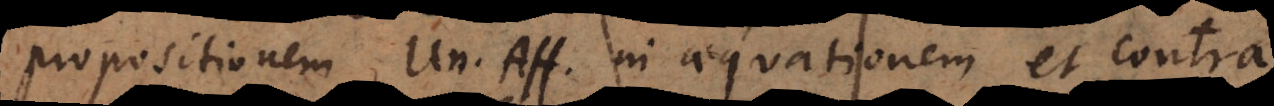
propositionem Un. Aff. in aequationem, et contra.